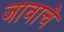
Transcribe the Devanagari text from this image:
जावाचे